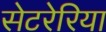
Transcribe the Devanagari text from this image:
सेटरेरिया